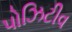
પોઝિટીવ